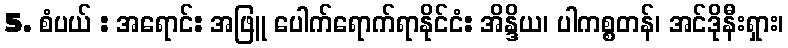
5. စံပယ် : အရောင်: အဖြူ ပေါက်ရောက်ရာနိုင်ငံ: အိန္ဒိယ၊ ပါကစ္စတန်၊ အင်ဒိုနီးရှား၊